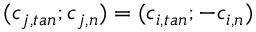
( c _ { j , t a n } ; c _ { j , n } ) = ( c _ { i , t a n } ; - c _ { i , n } )